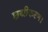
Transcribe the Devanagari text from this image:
छद्मीकरण।